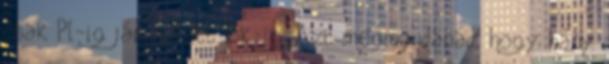
csak Pl-ig jár, holott Bk-ig. Azt megmondanád, hogy hány